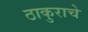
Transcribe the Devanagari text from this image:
ठाकुराचे